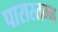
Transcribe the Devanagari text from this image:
पारास्तम्भ